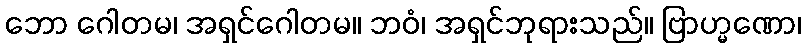
ဘော ဂေါတမ၊ အရှင်ဂေါတမ။ ဘဝံ၊ အရှင်ဘုရားသည်။ ဗြာဟ္မဏော၊